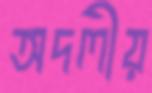
অদলীয়